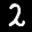
Label: 2